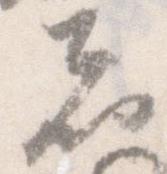
者